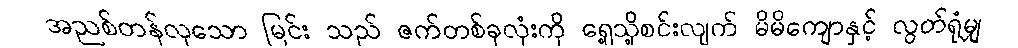
အညစ်တန်လှသော မြင်း သည် ဇက်တစ်ခုလုံးကို ရှေ့သို့စင်းလျက် မိမိကျောနှင့် လွတ်ရုံမျှ